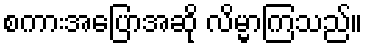
စကားအပြောအဆို လိမ္မာကြသည်။